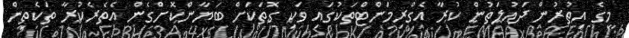
މީގެ އިތުރުން ދައުލަތުން ކުރާ އެގްރިމަންޓްތަކުގައި ވަކި ގޮތަކަށް ބަޔާންކޮށްގެން އެތެރެކުރާ ތަކެތިން